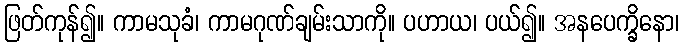
ဖြတ်ကုန်၍။ ကာမသုခံ၊ ကာမဂုဏ်ချမ်းသာကို။ ပဟာယ၊ ပယ်၍။ အနပေက္ခိနော၊